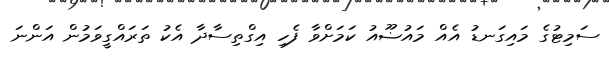
ސަމިޓުގެ މައިގަނޑު އެއް މައުޟޫއު ކަމަށްވާ ފެހި އިގްތިސާދާ އެކު ތަރައްގީވަމުން އަންނަ